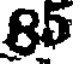
85